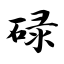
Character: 碌